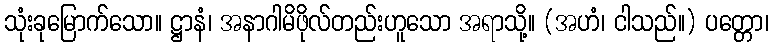
သုံးခုမြောက်သော။ ဋ္ဌာနံ၊ အနာဂါမိဖိုလ်တည်းဟူသော အရာသို့။ (အဟံ၊ ငါသည်။) ပတ္တော၊